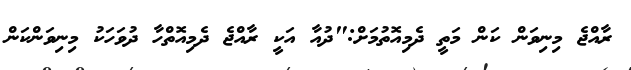
ރާއްޖެ މިނިވަން ކަން މަތީ ދެމިއޮތުމަށް:"ދުއާ އަކީ ރާއްޖެ ދެމިއޮތްހާ ދުވަހަކު މިނިވަންކަން